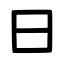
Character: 曰